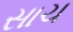
સાચ